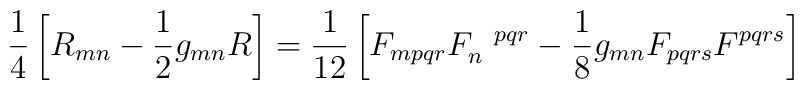
\frac{1}{4}\left[R_{mn}-\frac{1}{2}g_{mn}R\right] = \frac{1}{12}\left[F_{mpqr}F_n^{~~pqr}-\frac{1}{8}g_{mn}F_{pqrs}F^{pqrs}\right]